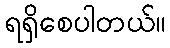
ရရှိစေပါတယ်။